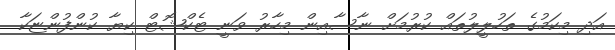
އަދި މިކަމުގެ ތަހުލީލުތައް ކުރުމަށް ނާސާއިން މިހާރު ވަނީ ޓެކްޝޮޓް ކިޔާ ކުންފުންޏަކާ